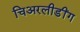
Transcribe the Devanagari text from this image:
चिअरलीडींग